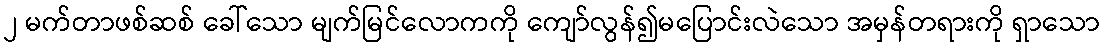
၂ မက်တာဖစ်ဆစ် ခေါ်သော မျက်မြင်လောကကို ကျော်လွန်၍မပြောင်းလဲသော အမှန်တရားကို ရှာသော